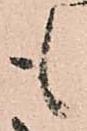
も